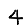
Digit: 4